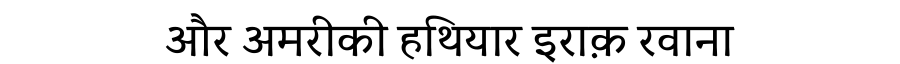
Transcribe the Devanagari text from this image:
और अमरीकी हथियार इराक़ रवाना